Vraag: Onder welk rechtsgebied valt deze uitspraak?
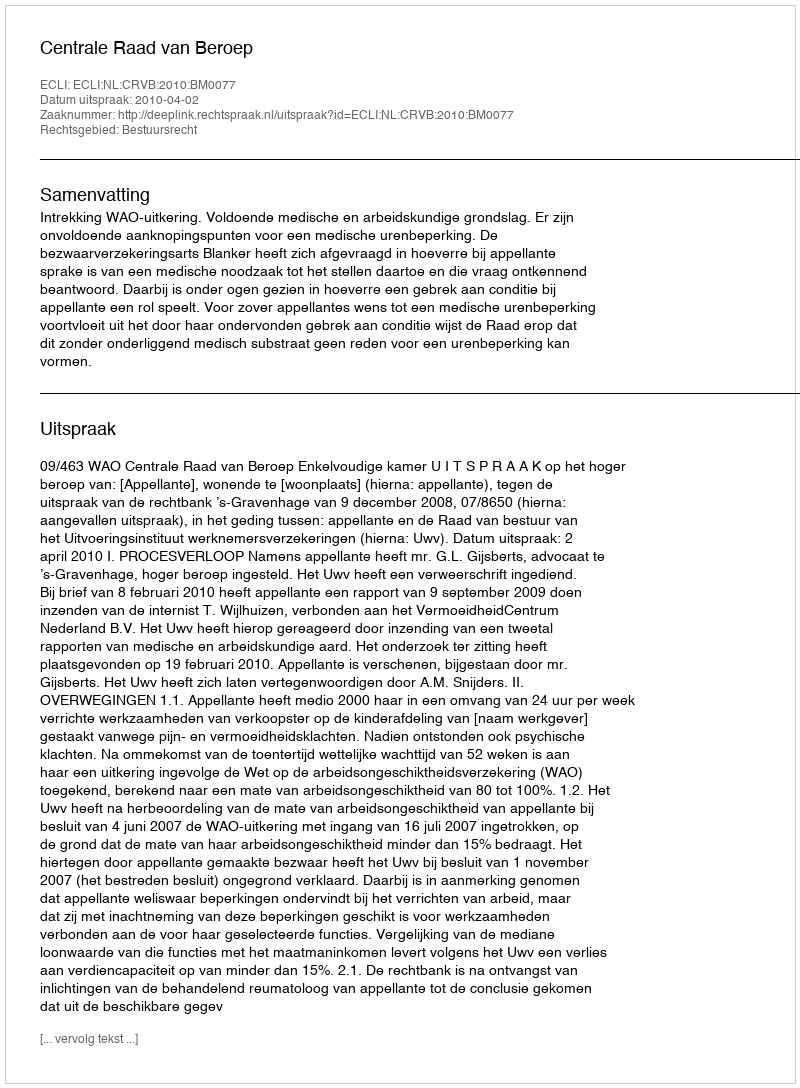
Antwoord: Bestuursrecht